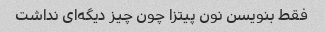
فقط بنویسن نون پیتزا چون چیز دیگه‌ای نداشت